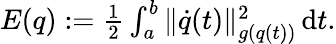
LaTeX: \begin{array}{r}{E(q):=\frac{1}{2}\int_{a}^{b}\| \dot{q}(t)\| _{g(q(t))}^{2}\, \mathrm{d}t.}\end{array}